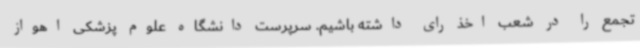
تجمع را در شعب اخذ رای داشته باشیم. سرپرست دانشگاه علوم پزشکی اهواز